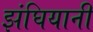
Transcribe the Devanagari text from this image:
झंघियानी